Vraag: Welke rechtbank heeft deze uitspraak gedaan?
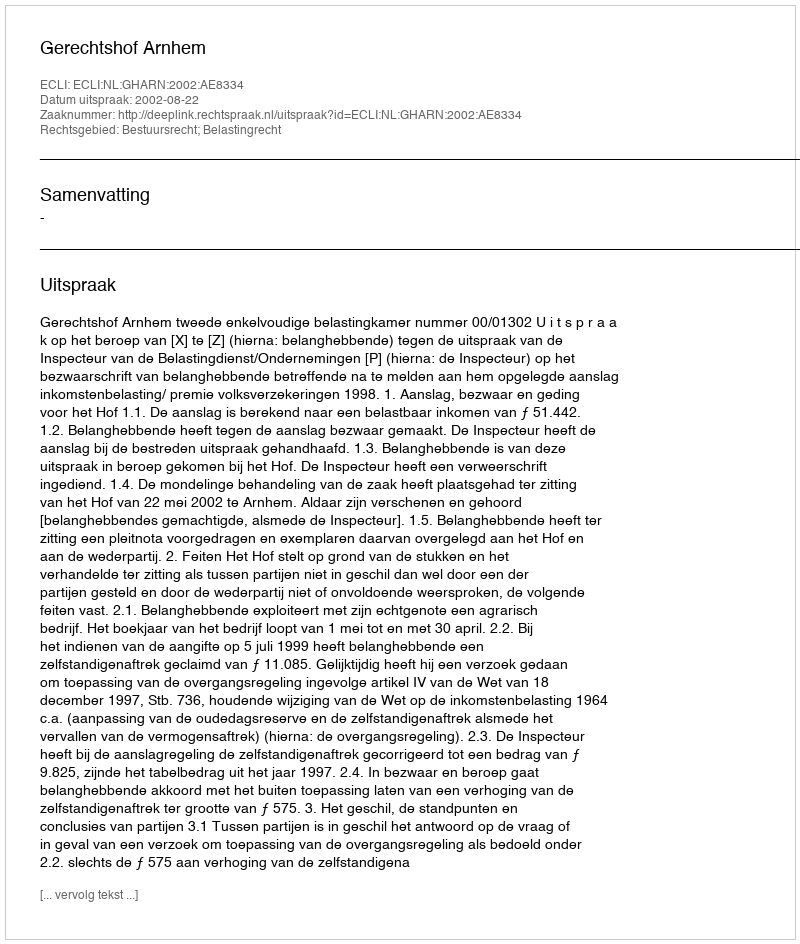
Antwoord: Gerechtshof Arnhem